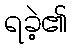
ရခဲ့၏